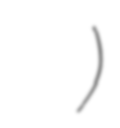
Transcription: انیس مژگانی)